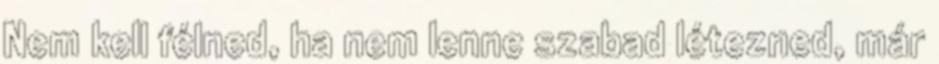
Nem kell félned, ha nem lenne szabad létezned, már